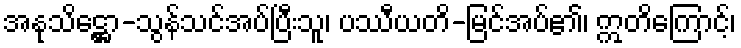
အနုသိဋ္ဌော-သွန်သင်အပ်ပြီးသူ၊ ပဿီယတိ-မြင်အပ်၏၊ ဣတိကြောင့်၊